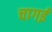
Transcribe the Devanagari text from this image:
चागई